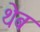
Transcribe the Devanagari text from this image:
थेब